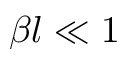
\beta l \ll 1